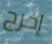
إخرج